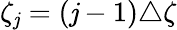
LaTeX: \zeta_{\mathit{j}}=(\mathit{j}-1)\triangle\zeta